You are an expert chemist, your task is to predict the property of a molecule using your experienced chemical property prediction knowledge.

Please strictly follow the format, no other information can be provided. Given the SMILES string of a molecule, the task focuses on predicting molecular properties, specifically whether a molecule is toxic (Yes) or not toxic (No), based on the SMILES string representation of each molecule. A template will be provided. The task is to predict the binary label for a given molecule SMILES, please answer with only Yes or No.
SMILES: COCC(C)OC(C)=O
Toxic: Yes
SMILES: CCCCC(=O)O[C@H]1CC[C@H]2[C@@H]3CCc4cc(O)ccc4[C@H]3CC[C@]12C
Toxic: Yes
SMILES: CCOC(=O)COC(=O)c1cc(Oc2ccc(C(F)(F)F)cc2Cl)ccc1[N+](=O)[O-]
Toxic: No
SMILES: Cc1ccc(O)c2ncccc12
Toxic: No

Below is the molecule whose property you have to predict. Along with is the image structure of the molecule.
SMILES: O=C(O)Cn1c2ccccc2c(=O)c2ccccc21
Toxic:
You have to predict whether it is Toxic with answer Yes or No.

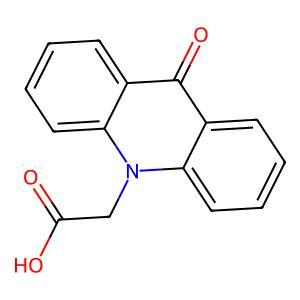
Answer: No